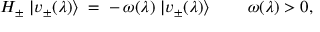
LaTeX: { \cal H } _ { \pm } \; | v _ { \pm } ( \lambda ) \rangle \; = \; - \, \omega ( \lambda ) \; | v _ { \pm } ( \lambda ) \rangle \; \qquad \omega ( \lambda ) > 0 ,